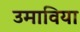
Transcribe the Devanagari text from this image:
उमाविया